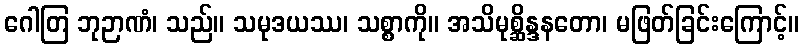
ဂေါတြ ဘုဉာဏံ၊ သည်။ သမုဒယဿ၊ သစ္စာကို။ အသိမုစ္ဆိန္ဒနတော၊ မဖြတ်ခြင်းကြောင့်။